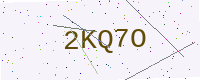
Text: 2KQ7O